Report on the cholera epidemic of
Year: 1868
Disease focus: Cholera
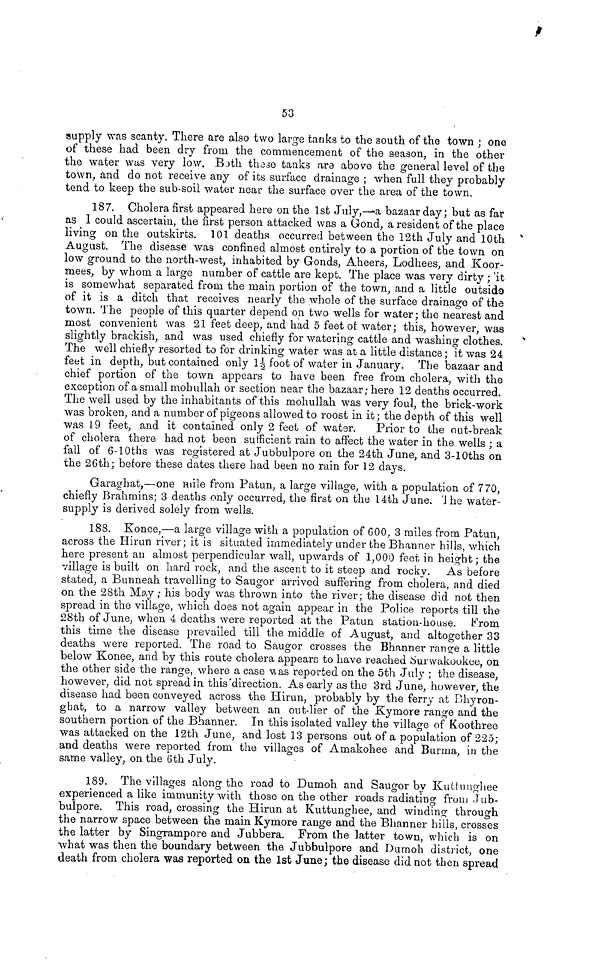
53
supply was scanty. There are also two large tanks to the south of the town ; one
of these had been dry from the commencement of the season, in the other
the water was very low. Both these tanks are above the general level of the
town, and do not receive any of its surface drainage ; when full they probably
tend to keep the sub-soil water near the surface over the area of the town.
187. Cholera first appeared here on the 1st July,—a bazaar day; but as far
as 1 could ascertain, the first person attacked was a Gond, a resident of the place
living on the outskirts. 101 deaths occurred between the 12th July and 10th
August. The disease was confined almost entirely to a portion of the town on
low ground to the north-west, inhabited by Gonds, Aheers, Lodhees, and Koor-
inees, by whom a large number of cattle are kept. The place was very dirty ; 'it
is somewhat separated from the main portion of the town, and a little outsids
of it is a ditch that receives nearly the whole of the surface drainage of the
town. The people of this quarter depend on two wells for water ; the nearest and
most convenient was 21 feet deep, and had 5 feet of water ; this, however, was
slightly brackish, and was used chiefly for watering cattle and washing clothes,
The well chiefly resorted to for drinking water was at a little distance; it was 24
feet in depth, but contained only 1½ foot of water in January. The bazaar and
chief portion of the town appears to have been free from cholera, with the
exception of a small mohullah or section near the bazaar; here 12 deaths occurred.
The well used by the inhabitants of this mohullah was very foul, the brick-work
was broken, and a number of pigeons allowed to roost in it; the depth of this well
was 19 feet, and it contained only 2 feet of water.
Prior to the out-break
of cholera there had not been sufficient rain to affect the water in the wells ; a
fall of 6-10ths was registered at Jubbulpore on the 24th June, and 3-10ths on
the 26th ; before these dates there had been no rain for 12 days.
Garaghat,—one mile from Patun, a large village, with a population of 770,
chiefly Brahmins; 3 deaths only occurred, the first on the 14th June. The water-
supply is derived solely from wells.
188. Konee,—a large village with a population of 600, 3 miles from Patun,
across the Hirun river; it is situated immediately under the Bhanner hills, which
here present an almost perpendicular wall, upwards of 1,000 feet in height; the
village is built on hard rock, and the ascent to it steep and rocky. As before
stated, a Bunneah travelling to Saugor arrived suffering from cholera, and died
on the 28th May ; his body was thrown into the river; the disease did not then
spread in the village, which does not again appear in the Police reports till the
28th of June, when 4 deaths were reported at the Patun station-house. From
this time the disease prevailed till the middle of August, and altogether 33
deaths were reported. The road to Saugor crosses the Bhanner range a little
below Konee, and by this route cholera appears to have reached Surwakookee, on
the other side the range, where a case was reported on the 5th July ; the disease,
however, did not spread in this direction. As early as the 3rd June, however, the
disease had been conveyed across the Hirun, probably by the ferry at Bliyron-
ghat, to a narrow valley between an out-lier of the Kymore range and the
southern portion of the Bhanner. In this isolated valley the village of Koothree
was attacked on the 12th June, and lost 13 persons out of a population of 225;
and deaths were reported from the villages of Arnakohee and Burma, in the
same valley, on the 6th July.
189. The villages along the road to Dumoh and Saugor by Kultunghee
experienced a like immunity with those on the other roads radiating from Jub-
bulpore. This road, crossing the Hirun at Kuttunghee, and winding through
the narrow space between the main Kymore range and the Bhanner hills, crosses
the latter by Singrampore and Jubbera. From the latter town, which is on
what was then the boundary between the Jubbulpore and Dumoh district, one
death from cholera was reported on the 1st June; the disease did not then spread